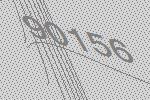
90156